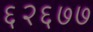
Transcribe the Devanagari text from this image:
६२६७७